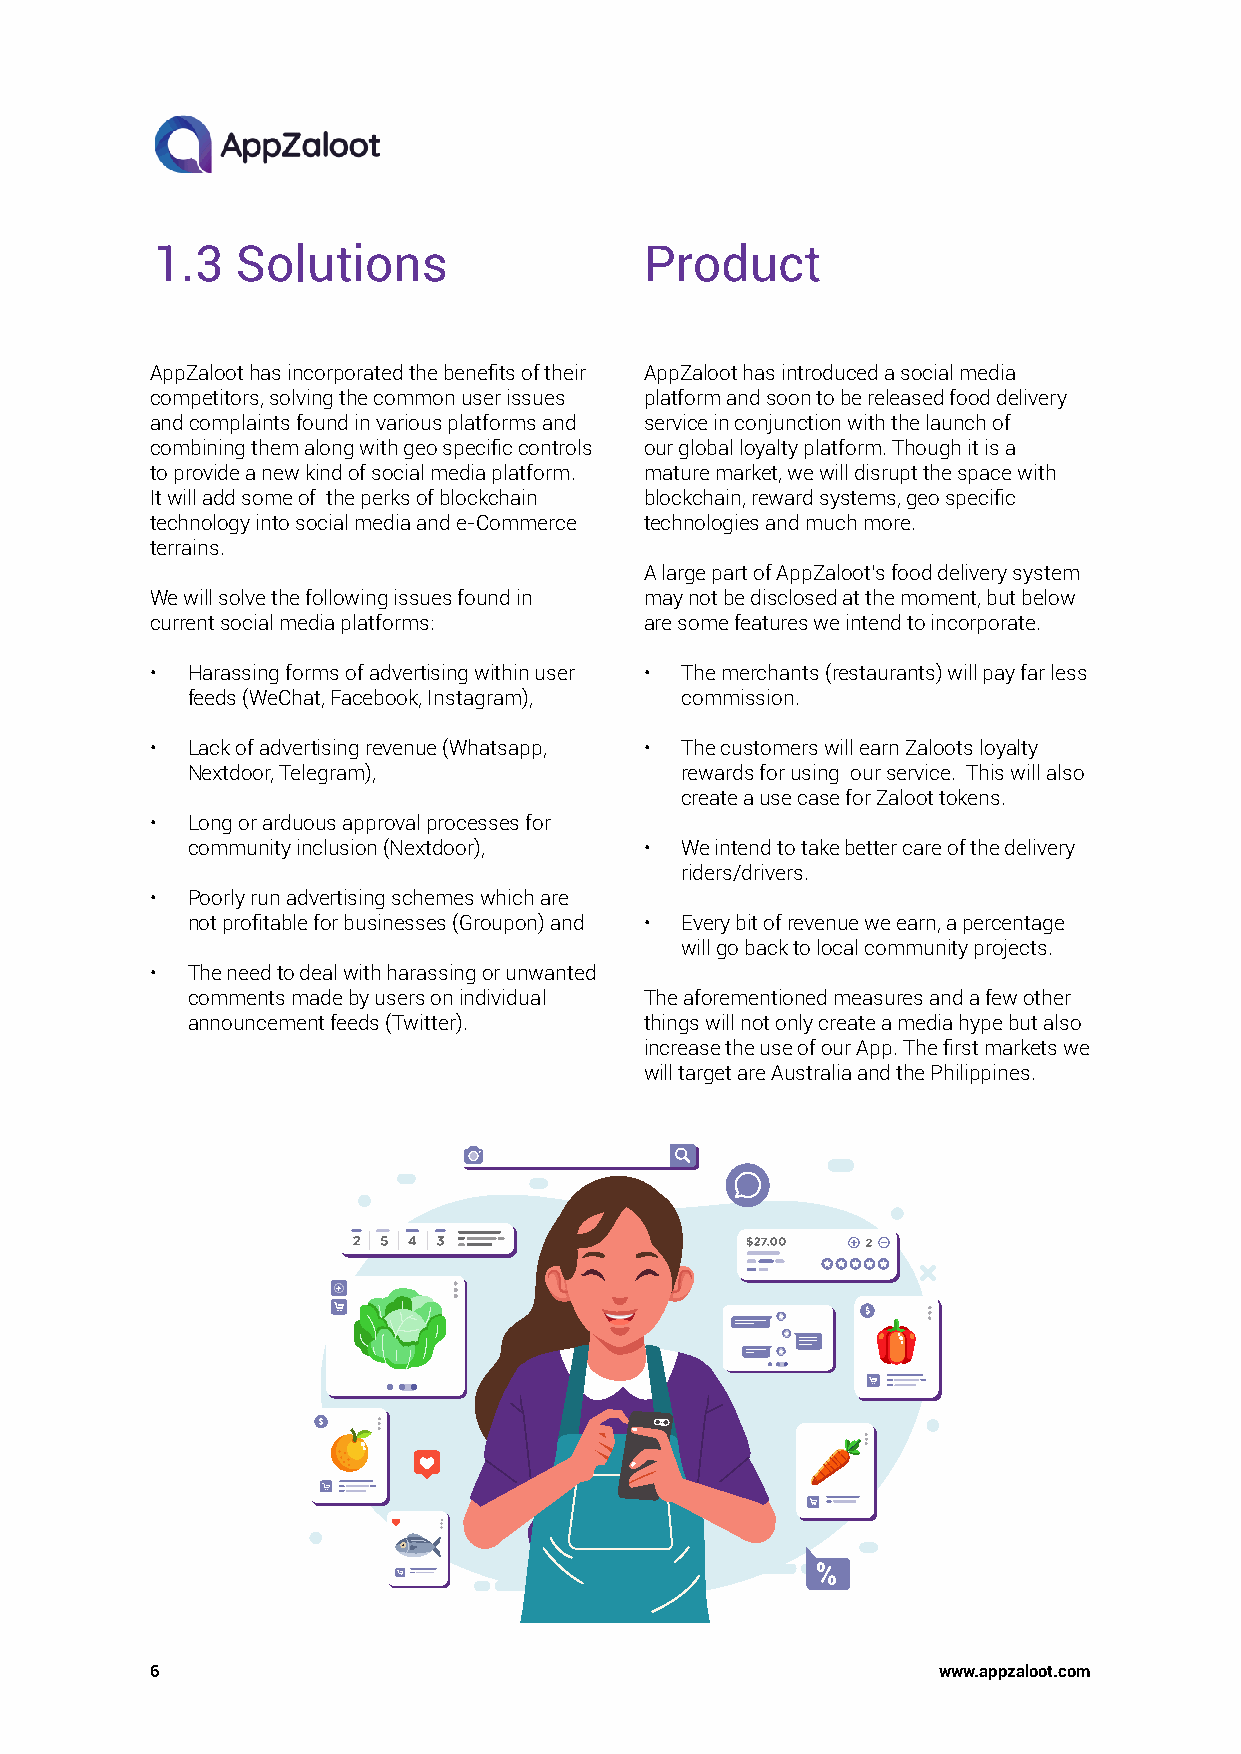
1.3   Solutions                  Product
 AppZaloot has incorporated the benefits of their AppZaloot has introduced a social media
 competitors, solving the common user issues platform and soon to be released food delivery
 and complaints found in various platforms and service in conjunction with the launch of
 combining them along with geo specific controls our global loyalty platform. Though it is a
 to provide a new kind of social media platform. mature market, we will disrupt the space with
 It will add some of the perks of blockchain blockchain, reward systems, geo specific
 technology into social media and e-Commerce technologies and much more.
 terrains.
 A large part of AppZaloot’s food delivery system
 We will solve the following issues found in may not be disclosed at the moment, but below
 current social media platforms:  are some features we intend to incorporate.
 • Harassing forms of advertising within user • The merchants (restaurants) will pay far less
 feeds (WeChat, Facebook, Instagram), commission.
 • Lack of advertising revenue (Whatsapp, • The customers will earn Zaloots loyalty
 Nextdoor, Telegram),             rewards for using our service. This will also
 create a use case for Zaloot tokens.
 • Long or arduous approval processes for
 community inclusion (Nextdoor), • We intend to take better care of the delivery
 riders/drivers.
 • Poorly run advertising schemes which are
 not profitable for businesses (Groupon) and • Every bit of revenue we earn, a percentage
 will go back to local community projects.
 • The need to deal with harassing or unwanted
 comments made by users on individual The aforementioned measures and a few other
 announcement feeds (Twitter).  things will not only create a media hype but also
 increase the use of our App. The first markets we
 will target are Australia and the Philippines.
 6                                                   www.appzaloot.com